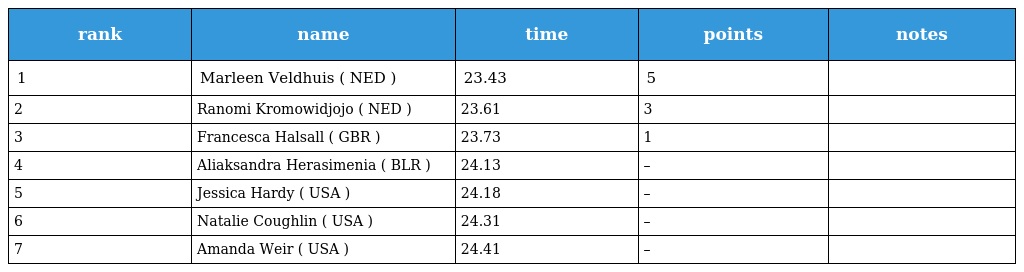
| rank | name | time | points | notes |
 | --- | --- | --- | --- | --- |
 | 1 | Marleen Veldhuis ( NED ) | 23.43 | 5 |  |
 | 2 | Ranomi Kromowidjojo ( NED ) | 23.61 | 3 |  |
 | 3 | Francesca Halsall ( GBR ) | 23.73 | 1 |  |
 | 4 | Aliaksandra Herasimenia ( BLR ) | 24.13 | – |  |
 | 5 | Jessica Hardy ( USA ) | 24.18 | – |  |
 | 6 | Natalie Coughlin ( USA ) | 24.31 | – |  |
 | 7 | Amanda Weir ( USA ) | 24.41 | – |  |